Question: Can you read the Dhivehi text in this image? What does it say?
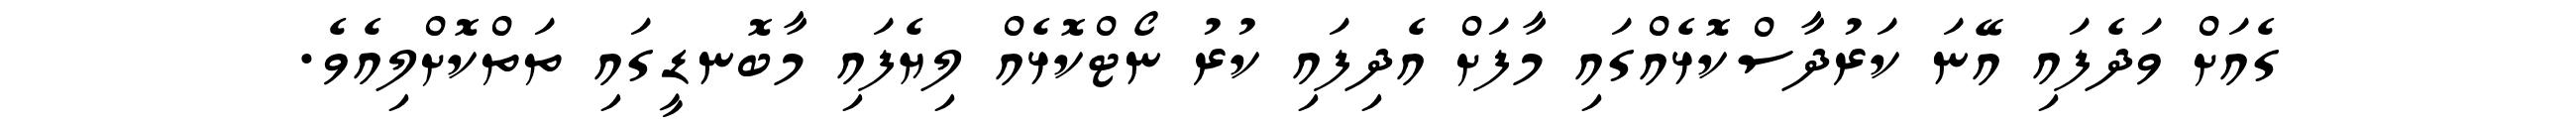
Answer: ގެއަށް ވަދެފައި އޭނަ ކަރުދާސްކޮޅެއްގައި މާފަށް އެދިފައި ކުރު ނޯޓްކޮޅެއް ލިޔެފައި މާބޮނޑީގައި ތަތްކޮށްލިއެވެ.